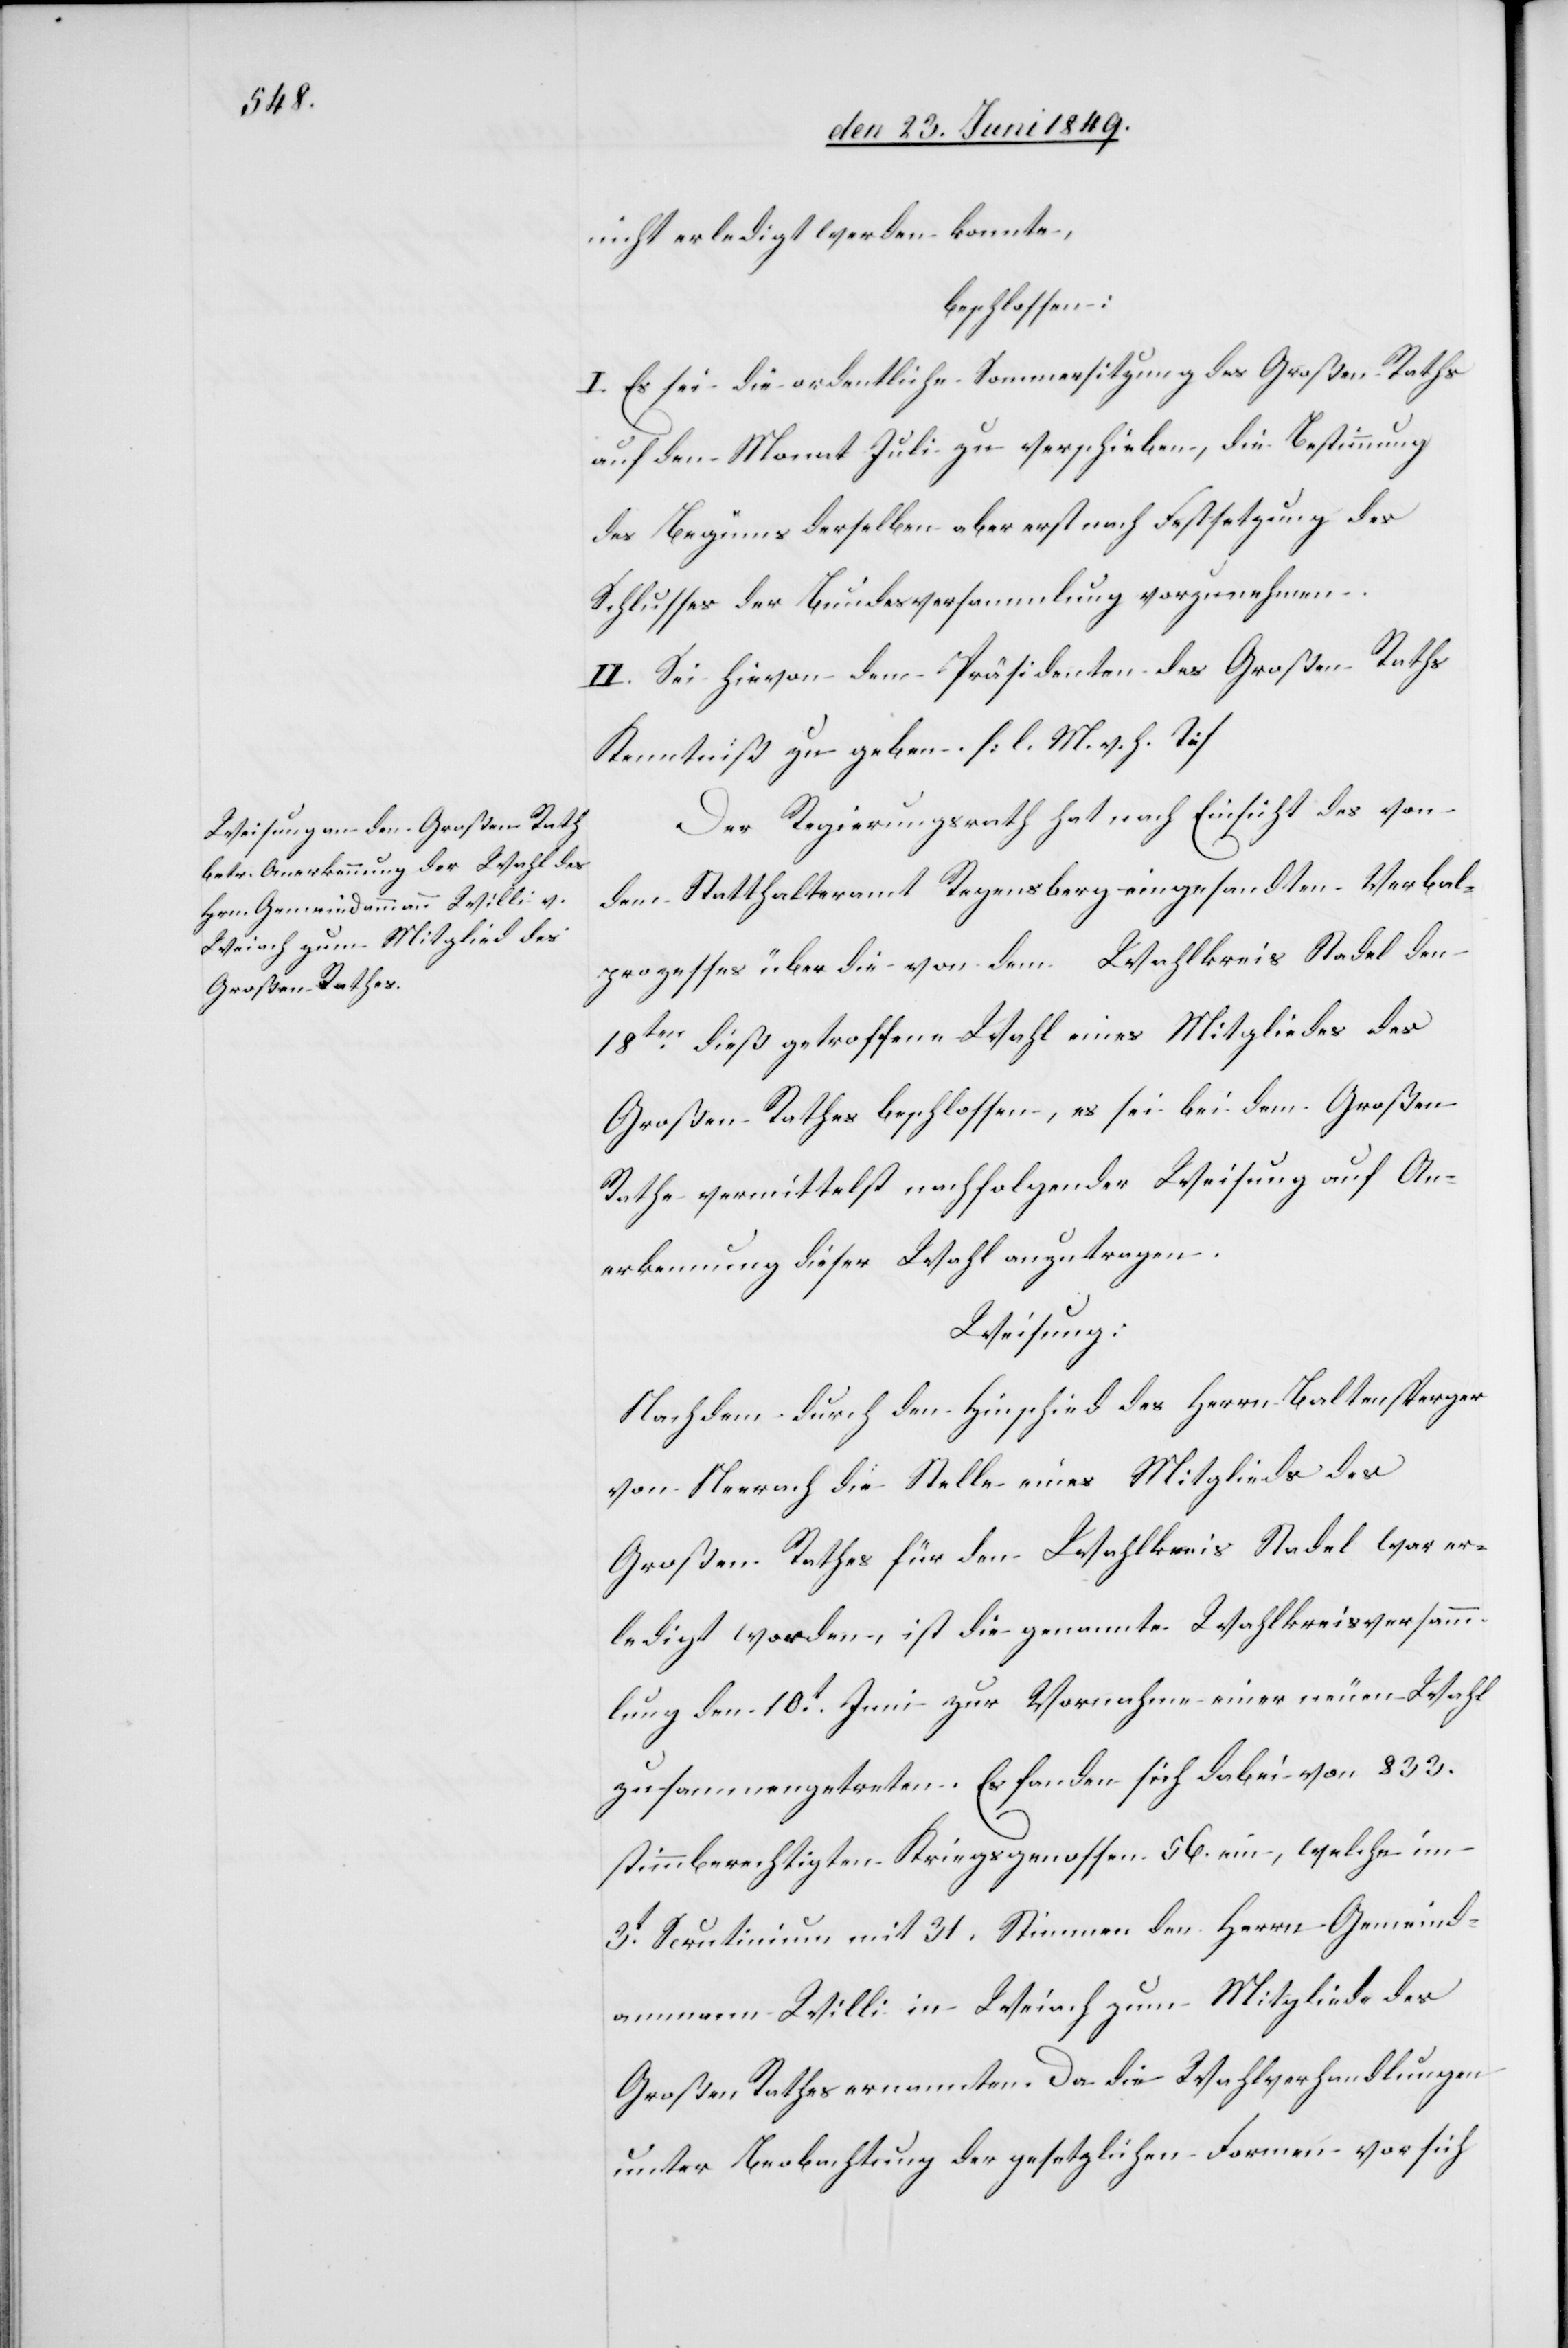
nicht erledigt werden konnte,
beschlossen:
I. Es sei die ordentliche Sommersitzung des Großen Raths
auf den Monat Juli zu verschieben, die Bestimmung
des Beginns derselben aber erst nach Festsetzung des
Schlusses der Bundesversammlung vorzunehmen.
II. Sei hievon dem Präsidenten des Großen Raths
Kenntniß zu geben. [l. M. h. T]
Der Regierungsrath hat nach Einsicht des von
dem Statthalteramt Regensberg eingesandten Verbal¬
prozesses über die von dem Wahlkreis Stadel den
18ten dieß getroffenen Wahl eines Mitgliedes des
Großen Rathes beschlossen, es sei bei dem Großen
Rathe vermittelst nachfolgender Weisung auf An¬
erkennung dieser Wahl anzutragen.
Weisung:
Nachdem durch den Hinschied des Herrn Baltensperger
von Neerach die Stelle eines Mitgliedes des
Großen Rathes für den Wahlkreis Stadel war er¬
ledigt worden, ist die genannte Wahlkreisversamm¬
lung den 10t Juni zur Vornahme einer neuen Wahl
zusammengetreten. Es fanden sich dabei von 833.
stimmberechtigten Kriegsgenossen 56. ein, welche im
3t Scrutinium mit 31. Stimmen den Herrn Gemeind¬
ammann Willi in Weiach zum Mitgliede des
Großen Rathes ernannten. Da die Wahlverhandlungen
unter Beobachtung der gesetzlichen Formen vor sich